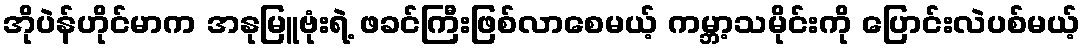
အိုပဲန်ဟိုင်မာက အနုမြူဗုံးရဲ့ ဖခင်ကြီးဖြစ်လာစေမယ့် ကမ္ဘာ့သမိုင်းကို ပြောင်းလဲပစ်မယ့်